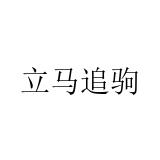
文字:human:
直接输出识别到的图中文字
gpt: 立马追驹